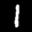
Label: 1